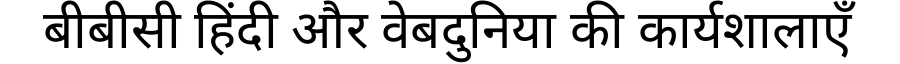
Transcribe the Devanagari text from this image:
बीबीसी हिंदी और वेबदुनिया की कार्यशालाएँ